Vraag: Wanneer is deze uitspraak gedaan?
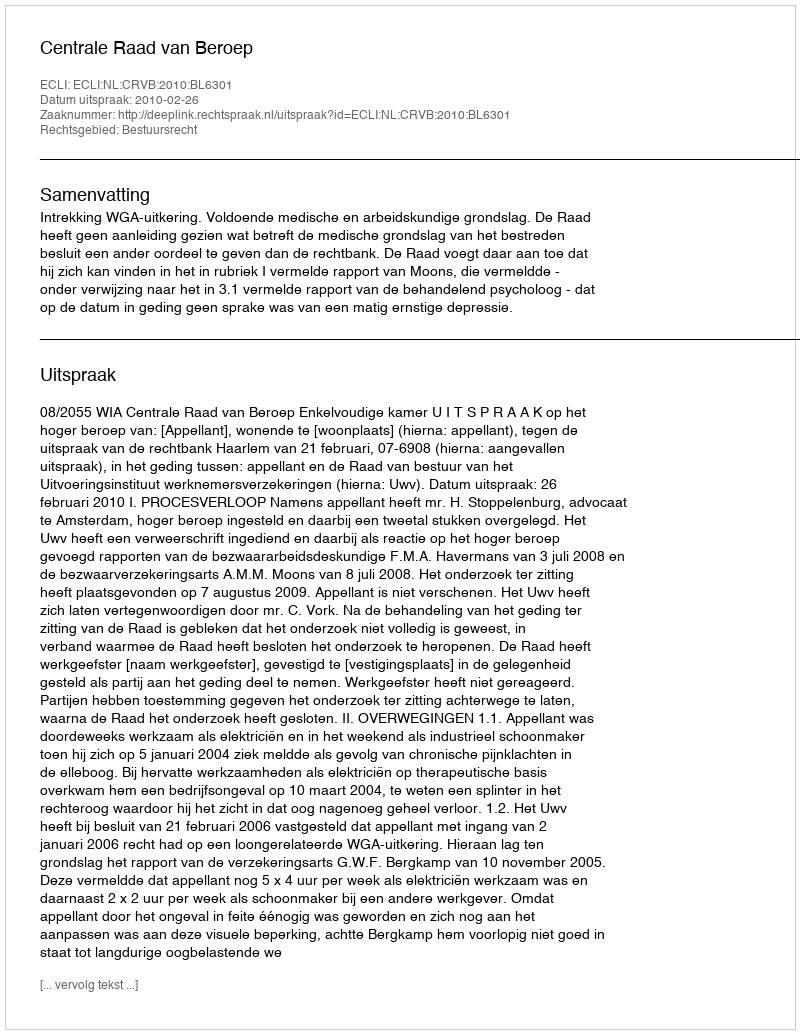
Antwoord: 2010-02-26